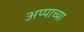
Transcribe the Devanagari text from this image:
अप्पाच्या